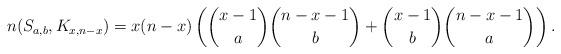
LaTeX: \begin{align*}n(S_{a,b},K_{x,n-x}) = x(n-x) \left( \binom{x-1}{a}\binom{n-x-1}{b} + \binom{x-1}{b}\binom{n-x-1}{a} \right).\end{align*}